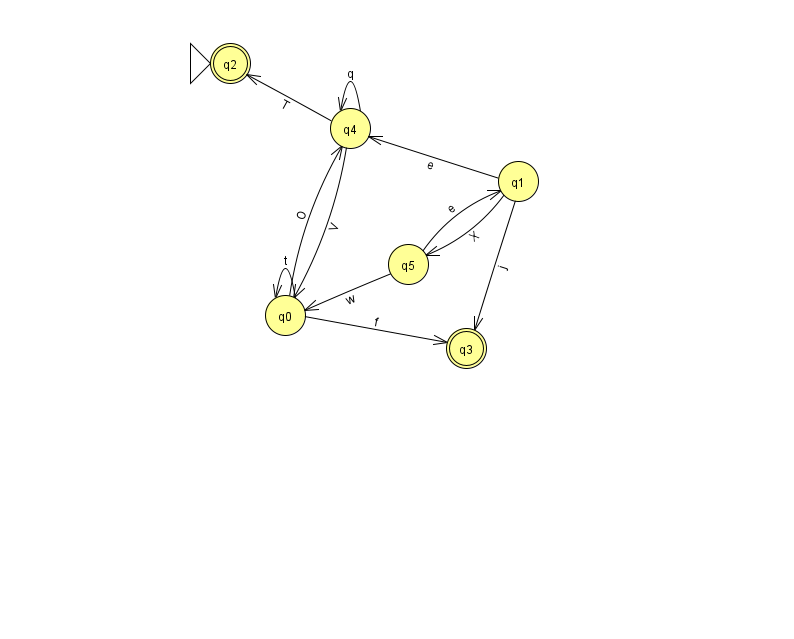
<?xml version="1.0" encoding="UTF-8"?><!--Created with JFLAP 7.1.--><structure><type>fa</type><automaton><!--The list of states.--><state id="0" name="q0"><x>285.0</x><y>302.0</y></state><state id="1" name="q1"><x>518.0</x><y>168.0</y></state><state id="2" name="q2"><x>230.0</x><y>50.0</y><initial/><final/></state><state id="3" name="q3"><x>466.0</x><y>335.0</y><final/></state><state id="4" name="q4"><x>350.0</x><y>115.0</y></state><state id="5" name="q5"><x>408.0</x><y>251.0</y></state><!--The list of transitions.--><transition><from>0</from><to>4</to><read>O</read></transition><transition><from>4</from><to>4</to><read>q</read></transition><transition><from>4</from><to>2</to><read>T</read></transition><transition><from>0</from><to>0</to><read>t</read></transition><transition><from>0</from><to>3</to><read>f</read></transition><transition><from>1</from><to>3</to><read>j</read></transition><transition><from>5</from><to>1</to><read>e</read></transition><transition><from>1</from><to>4</to><read>e</read></transition><transition><from>1</from><to>5</to><read>X</read></transition><transition><from>4</from><to>0</to><read>V</read></transition><transition><from>5</from><to>0</to><read>w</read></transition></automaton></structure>